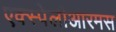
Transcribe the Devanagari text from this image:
एक्स्पेलीआरमस